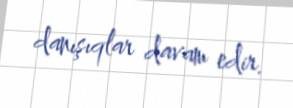
danışıqlar davam edir.